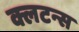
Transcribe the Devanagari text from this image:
क्लटन्स